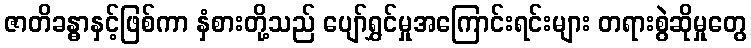
ဇာတိခန္ဓာနှင့်ဖြစ်ကာ နှံစားတို့သည် ပျော်ရွှင်မှုအကြောင်းရင်းများ တရားစွဲဆိုမှုတွေ